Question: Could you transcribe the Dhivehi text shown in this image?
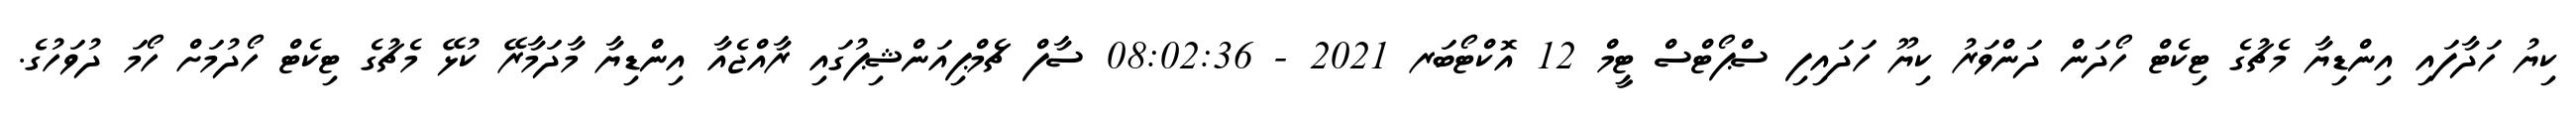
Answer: ކިޔު ހަދާފައި އިންޑިޔާ މެޗުގެ ޓިކެޓް ހޯދަން ދަންވަރު ކިޔޫ ހަދައިފި ސްޕޯޓްސް ޓީމް 12 އޮކްޓޯބަރ 2021 - 08:02:36 ސާފް ޗެމްޕިއަންޝިޕުގައި ރާއްޖެއާ އިންޑިޔާ މާދަމާރޭ ކުޅޭ މެޗުގެ ޓިކެޓް ހޯދުމަށް ހޯމަ ދުވަހުގެ.